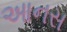
આનસ